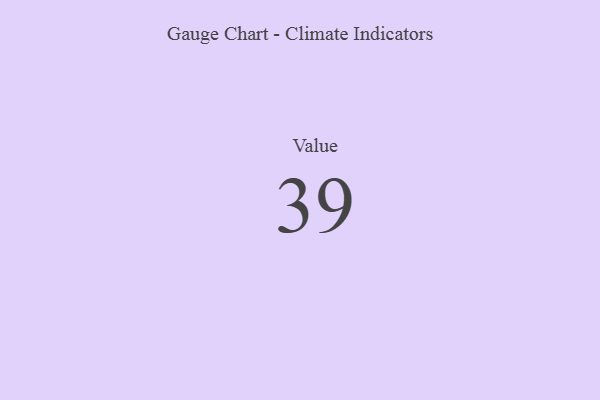
{"axis": {"x": "Metric", "y": "Value"}, "legend": [""], "data": [{"x": "Value", "y": 39, "type": ""}]}